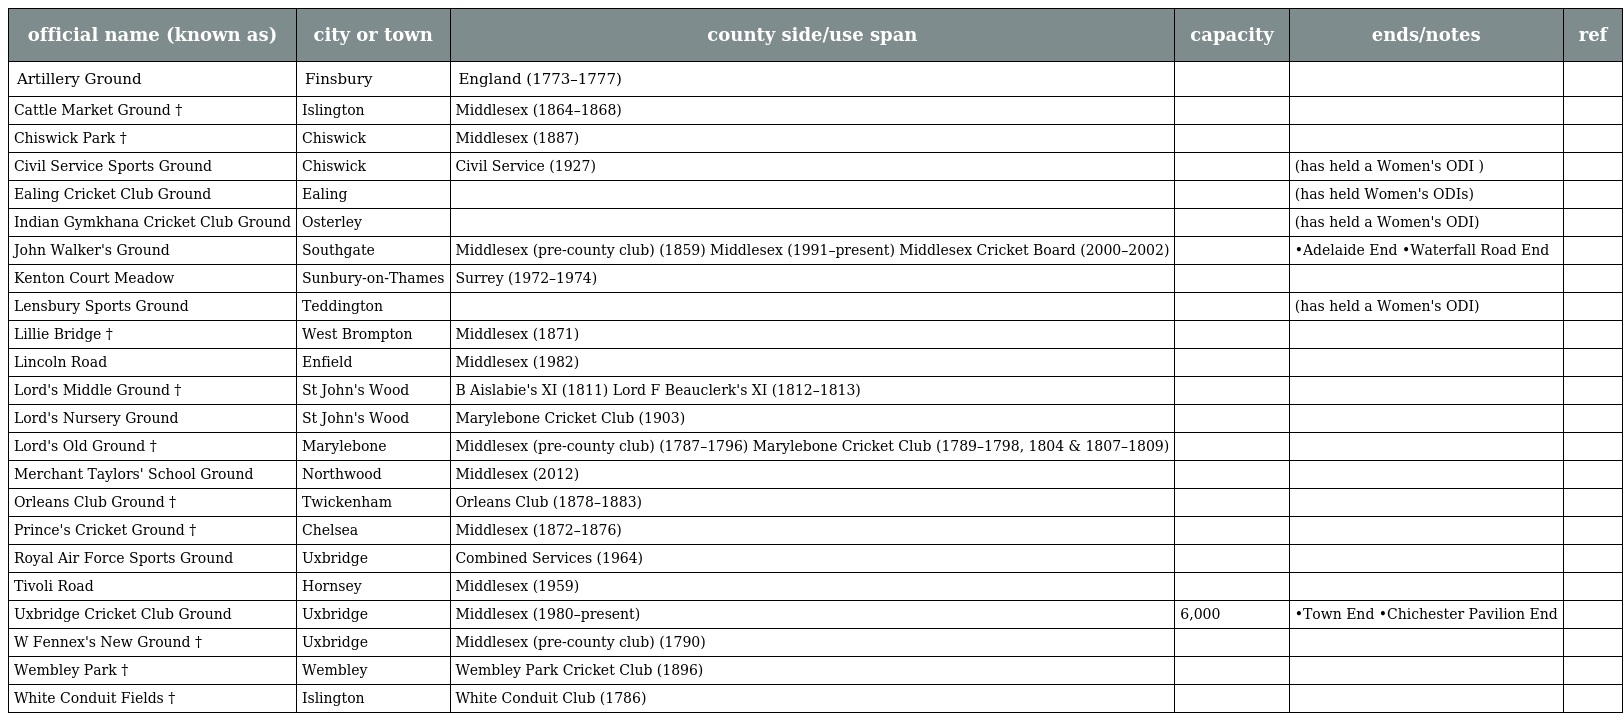
| official name (known as) | city or town | county side/use span | capacity | ends/notes | ref |
 | --- | --- | --- | --- | --- | --- |
 | Artillery Ground | Finsbury | England (1773–1777) |  |  |  |
 | Cattle Market Ground † | Islington | Middlesex (1864–1868) |  |  |  |
 | Chiswick Park † | Chiswick | Middlesex (1887) |  |  |  |
 | Civil Service Sports Ground | Chiswick | Civil Service (1927) |  | (has held a Women's ODI ) |  |
 | Ealing Cricket Club Ground | Ealing |  |  | (has held Women's ODIs) |  |
 | Indian Gymkhana Cricket Club Ground | Osterley |  |  | (has held a Women's ODI) |  |
 | John Walker's Ground | Southgate | Middlesex (pre-county club) (1859) Middlesex (1991–present) Middlesex Cricket Board (2000–2002) |  | •Adelaide End •Waterfall Road End |  |
 | Kenton Court Meadow | Sunbury-on-Thames | Surrey (1972–1974) |  |  |  |
 | Lensbury Sports Ground | Teddington |  |  | (has held a Women's ODI) |  |
 | Lillie Bridge † | West Brompton | Middlesex (1871) |  |  |  |
 | Lincoln Road | Enfield | Middlesex (1982) |  |  |  |
 | Lord's Middle Ground † | St John's Wood | B Aislabie's XI (1811) Lord F Beauclerk's XI (1812–1813) |  |  |  |
 | Lord's Nursery Ground | St John's Wood | Marylebone Cricket Club (1903) |  |  |  |
 | Lord's Old Ground † | Marylebone | Middlesex (pre-county club) (1787–1796) Marylebone Cricket Club (1789–1798, 1804 & 1807–1809) |  |  |  |
 | Merchant Taylors' School Ground | Northwood | Middlesex (2012) |  |  |  |
 | Orleans Club Ground † | Twickenham | Orleans Club (1878–1883) |  |  |  |
 | Prince's Cricket Ground † | Chelsea | Middlesex (1872–1876) |  |  |  |
 | Royal Air Force Sports Ground | Uxbridge | Combined Services (1964) |  |  |  |
 | Tivoli Road | Hornsey | Middlesex (1959) |  |  |  |
 | Uxbridge Cricket Club Ground | Uxbridge | Middlesex (1980–present) | 6,000 | •Town End •Chichester Pavilion End |  |
 | W Fennex's New Ground † | Uxbridge | Middlesex (pre-county club) (1790) |  |  |  |
 | Wembley Park † | Wembley | Wembley Park Cricket Club (1896) |  |  |  |
 | White Conduit Fields † | Islington | White Conduit Club (1786) |  |  |  |